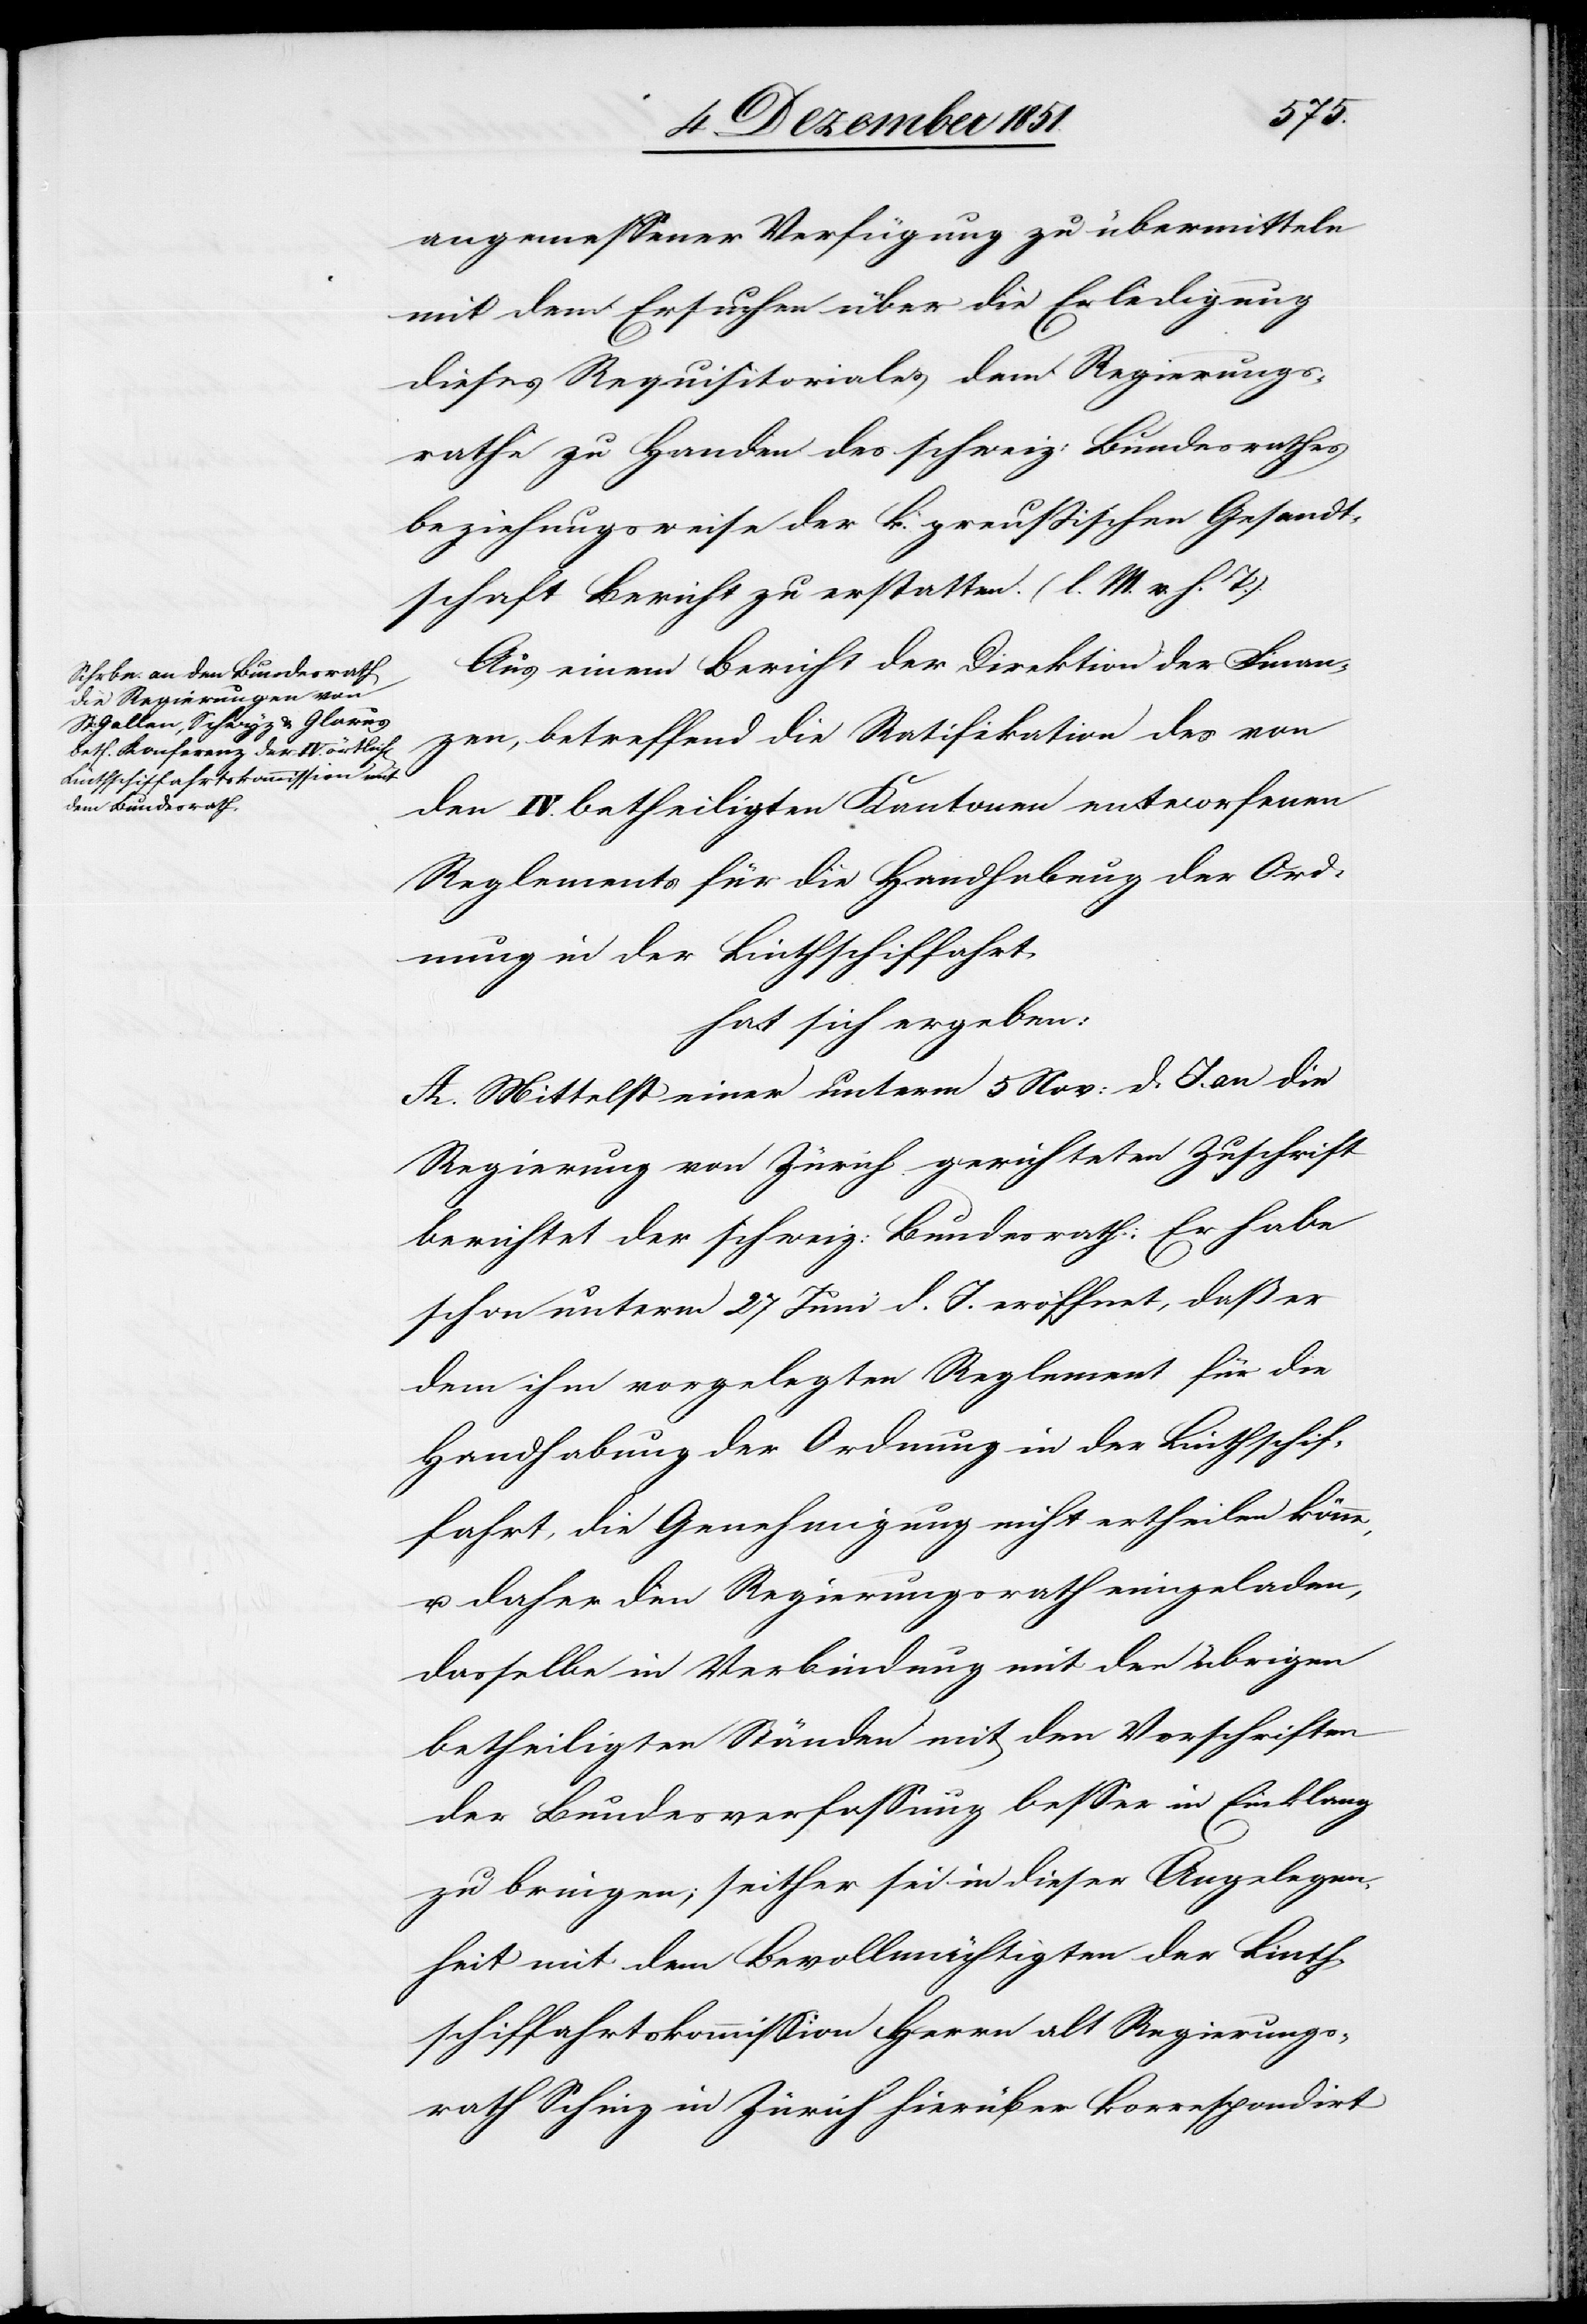
angemessener Verfügung zu übermitteln
mit dem Ersuchen über die Erledigung
dieses Requisitoriales dem Regierungs¬
rathe zu Handen des schweiz: Bundesrathes
beziehungsweise der k. preußischen Gesandt¬
schaft Bericht zu erstatten. (l. M. v. h. T.).
Aus einem Bericht der Direktion der Finan¬
zen, betreffend die Ratifikation des von
den IV. betheiligten Kantonen entworfenen
Reglements für die Handhabung der Ord¬
nung in der Linthschiffahrt,
hat sich ergeben:
A. Mittelst einer unterm 5 Nov: d. J. an die
Regierung von Zürich gerichteten Zuschrift
berichtet der schweiz: Bundesrath: Er habe
schon unterm 27 Juni d. J. eröffnet, daß er
dem ihm vorgelegten Reglement für die
Handhabung der Ordnung in der Linthschif¬
fahrt, die Genehmigung nicht ertheilen könne,
u. daher den Regierungsrath eingeladen,
dasselbe in Verbindung mit den übrigen
betheiligten Ständen mit den Vorschriften
der Bundesverfassung besser in Einklang
zu bringen; seither sei in dieser Angelegen¬
heit mit dem Bevollmächtigten der Linth¬
schiffahrtskommission Herrn alt Regierungs¬
rath Schinz in Zürich hierüber korrespondirt